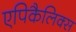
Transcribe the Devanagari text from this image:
एपिकैलिक्स